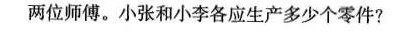
两位师傅。小张和小李各应生产多少个零件?